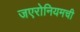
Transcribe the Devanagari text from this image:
जएरोनियमची